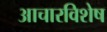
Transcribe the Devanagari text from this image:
आचारविशेष